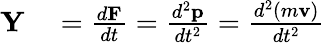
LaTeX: \begin{array}{rl}{\mathbf{Y}}&{{}={\frac{d\mathbf{F}}{dt}}={\frac{d^{2}\mathbf{p}}{dt^{2}}}={\frac{d^{2}(m\mathbf{v})}{dt^{2}}}}\end{array}